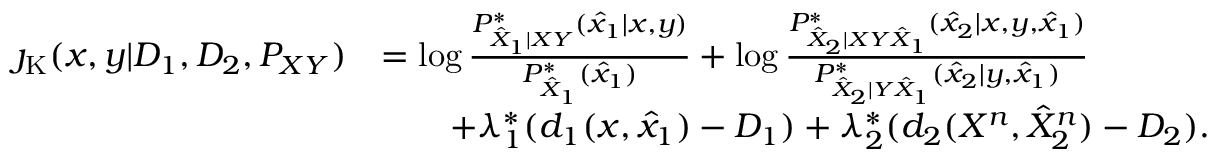
\begin{array} { r l } { \jmath _ { \mathrm { K } } ( x , y | D _ { 1 } , D _ { 2 } , P _ { X Y } ) } & { = \log \frac { P _ { \hat { X } _ { 1 } | X Y } ^ { * } ( \hat { x } _ { 1 } | x , y ) } { P _ { \hat { X } _ { 1 } } ^ { * } ( \hat { x } _ { 1 } ) } + \log \frac { P _ { \hat { X } _ { 2 } | X Y \hat { X } _ { 1 } } ^ { * } ( \hat { x } _ { 2 } | x , y , \hat { x } _ { 1 } ) } { P _ { \hat { X } _ { 2 } | Y \hat { X } _ { 1 } } ^ { * } ( \hat { x } _ { 2 } | y , \hat { x } _ { 1 } ) } } \\ & { \qquad + \lambda _ { 1 } ^ { * } ( d _ { 1 } ( x , \hat { x } _ { 1 } ) - D _ { 1 } ) + \lambda _ { 2 } ^ { * } ( d _ { 2 } ( X ^ { n } , \hat { X } _ { 2 } ^ { n } ) - D _ { 2 } ) . } \end{array}